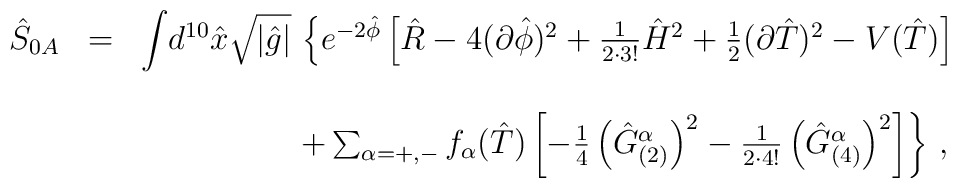
\begin{array}{rcl}\hat{S}_{0A} & = & {\displaystyle\int} d^{10}\hat{x}\sqrt{|\hat{g}|}\,\left\{e^{-2\hat{\phi}} \left[ \hat{R} -4(\partial\hat{\phi})^{2}+\frac{1}{2\cdot 3!}\hat{H}^{2}+\frac{1}{2}(\partial\hat{T})^{2}-V(\hat{T})\right] \right.\\& & \\& & \hspace{2cm}\left.+\sum_{\alpha=+,-}f_{\alpha}(\hat{T})\left[-\frac{1}{4}\left(\hat{G}_{(2)}^{\alpha}\right)^{2} -\frac{1}{2\cdot 4!}\left(\hat{G}_{(4)}^{\alpha}\right)^{2}\right]\right\}\, ,\\\end{array}